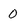
Character: 0